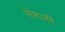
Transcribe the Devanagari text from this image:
सेमली